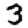
Digit: 3